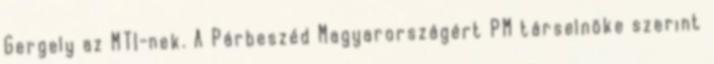
Gergely az MTI-nek. A Párbeszéd Magyarországért PM társelnöke szerint